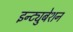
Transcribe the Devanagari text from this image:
इन्ट्युबेशन